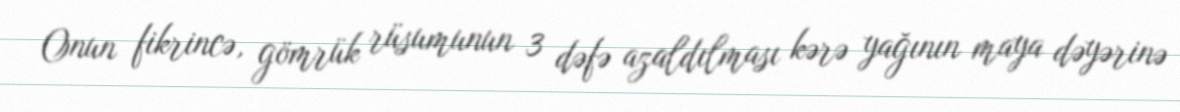
Onun fikrincə, gömrük rüsumunun 3 dəfə azaldılması kərə yağının maya dəyərinə